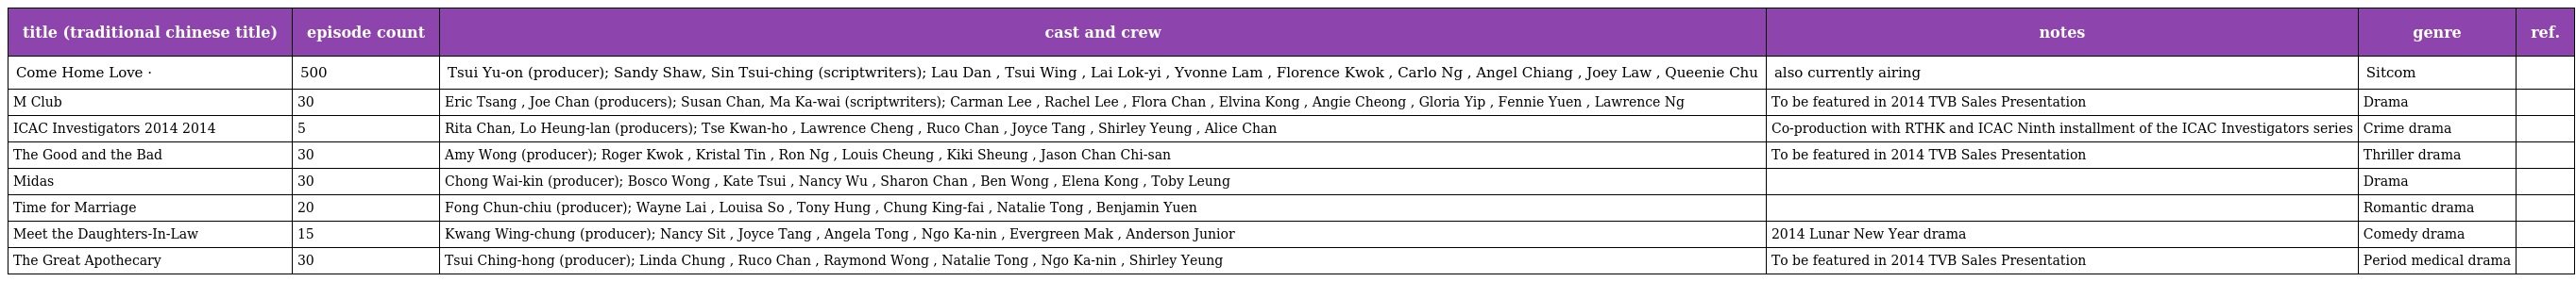
| title (traditional chinese title) | episode count | cast and crew | notes | genre | ref. |
 | --- | --- | --- | --- | --- | --- |
 | Come Home Love 愛·回家 | 500 | Tsui Yu-on (producer); Sandy Shaw, Sin Tsui-ching (scriptwriters); Lau Dan , Tsui Wing , Lai Lok-yi , Yvonne Lam , Florence Kwok , Carlo Ng , Angel Chiang , Joey Law , Queenie Chu | also currently airing | Sitcom |  |
 | M Club | 30 | Eric Tsang , Joe Chan (producers); Susan Chan, Ma Ka-wai (scriptwriters); Carman Lee , Rachel Lee , Flora Chan , Elvina Kong , Angie Cheong , Gloria Yip , Fennie Yuen , Lawrence Ng | To be featured in 2014 TVB Sales Presentation | Drama |  |
 | ICAC Investigators 2014 廉政行動2014 | 5 | Rita Chan, Lo Heung-lan (producers); Tse Kwan-ho , Lawrence Cheng , Ruco Chan , Joyce Tang , Shirley Yeung , Alice Chan | Co-production with RTHK and ICAC Ninth installment of the ICAC Investigators series | Crime drama |  |
 | The Good and the Bad 忠奸人 | 30 | Amy Wong (producer); Roger Kwok , Kristal Tin , Ron Ng , Louis Cheung , Kiki Sheung , Jason Chan Chi-san | To be featured in 2014 TVB Sales Presentation | Thriller drama |  |
 | Midas 點金勝手 | 30 | Chong Wai-kin (producer); Bosco Wong , Kate Tsui , Nancy Wu , Sharon Chan , Ben Wong , Elena Kong , Toby Leung |  | Drama |  |
 | Time for Marriage 男大當婚 | 20 | Fong Chun-chiu (producer); Wayne Lai , Louisa So , Tony Hung , Chung King-fai , Natalie Tong , Benjamin Yuen |  | Romantic drama |  |
 | Meet the Daughters-In-Law 新抱喜相逢 | 15 | Kwang Wing-chung (producer); Nancy Sit , Joyce Tang , Angela Tong , Ngo Ka-nin , Evergreen Mak , Anderson Junior | 2014 Lunar New Year drama | Comedy drama |  |
 | The Great Apothecary 大藥坊 | 30 | Tsui Ching-hong (producer); Linda Chung , Ruco Chan , Raymond Wong , Natalie Tong , Ngo Ka-nin , Shirley Yeung | To be featured in 2014 TVB Sales Presentation | Period medical drama |  |